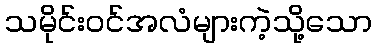
သမိုင်းဝင်အလံများကဲ့သို့သော